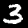
Label: 3